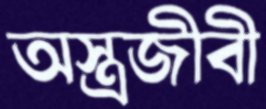
অস্ত্রজীবী